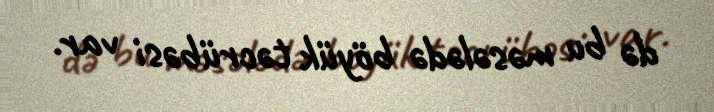
də bu məsələdə böyük təcrübəsi var.